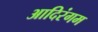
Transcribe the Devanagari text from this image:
आदिरंगम